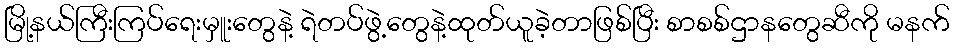
မြို့နယ်ကြီးကြပ်ရေးမှူးတွေနဲ့ ရဲတပ်ဖွဲ့တွေနဲ့ထုတ်ယူခဲ့တာဖြစ်ပြီး စာစစ်ဌာနတွေဆီကို မနက်